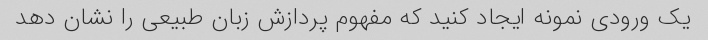
یک ورودی نمونه ایجاد کنید که مفهوم پردازش زبان طبیعی را نشان دهد